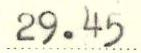
29.45